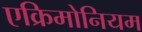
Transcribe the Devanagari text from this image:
एक्रिमोनियम